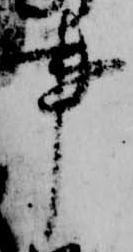
事